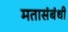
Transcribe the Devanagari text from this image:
मतासंबंधी